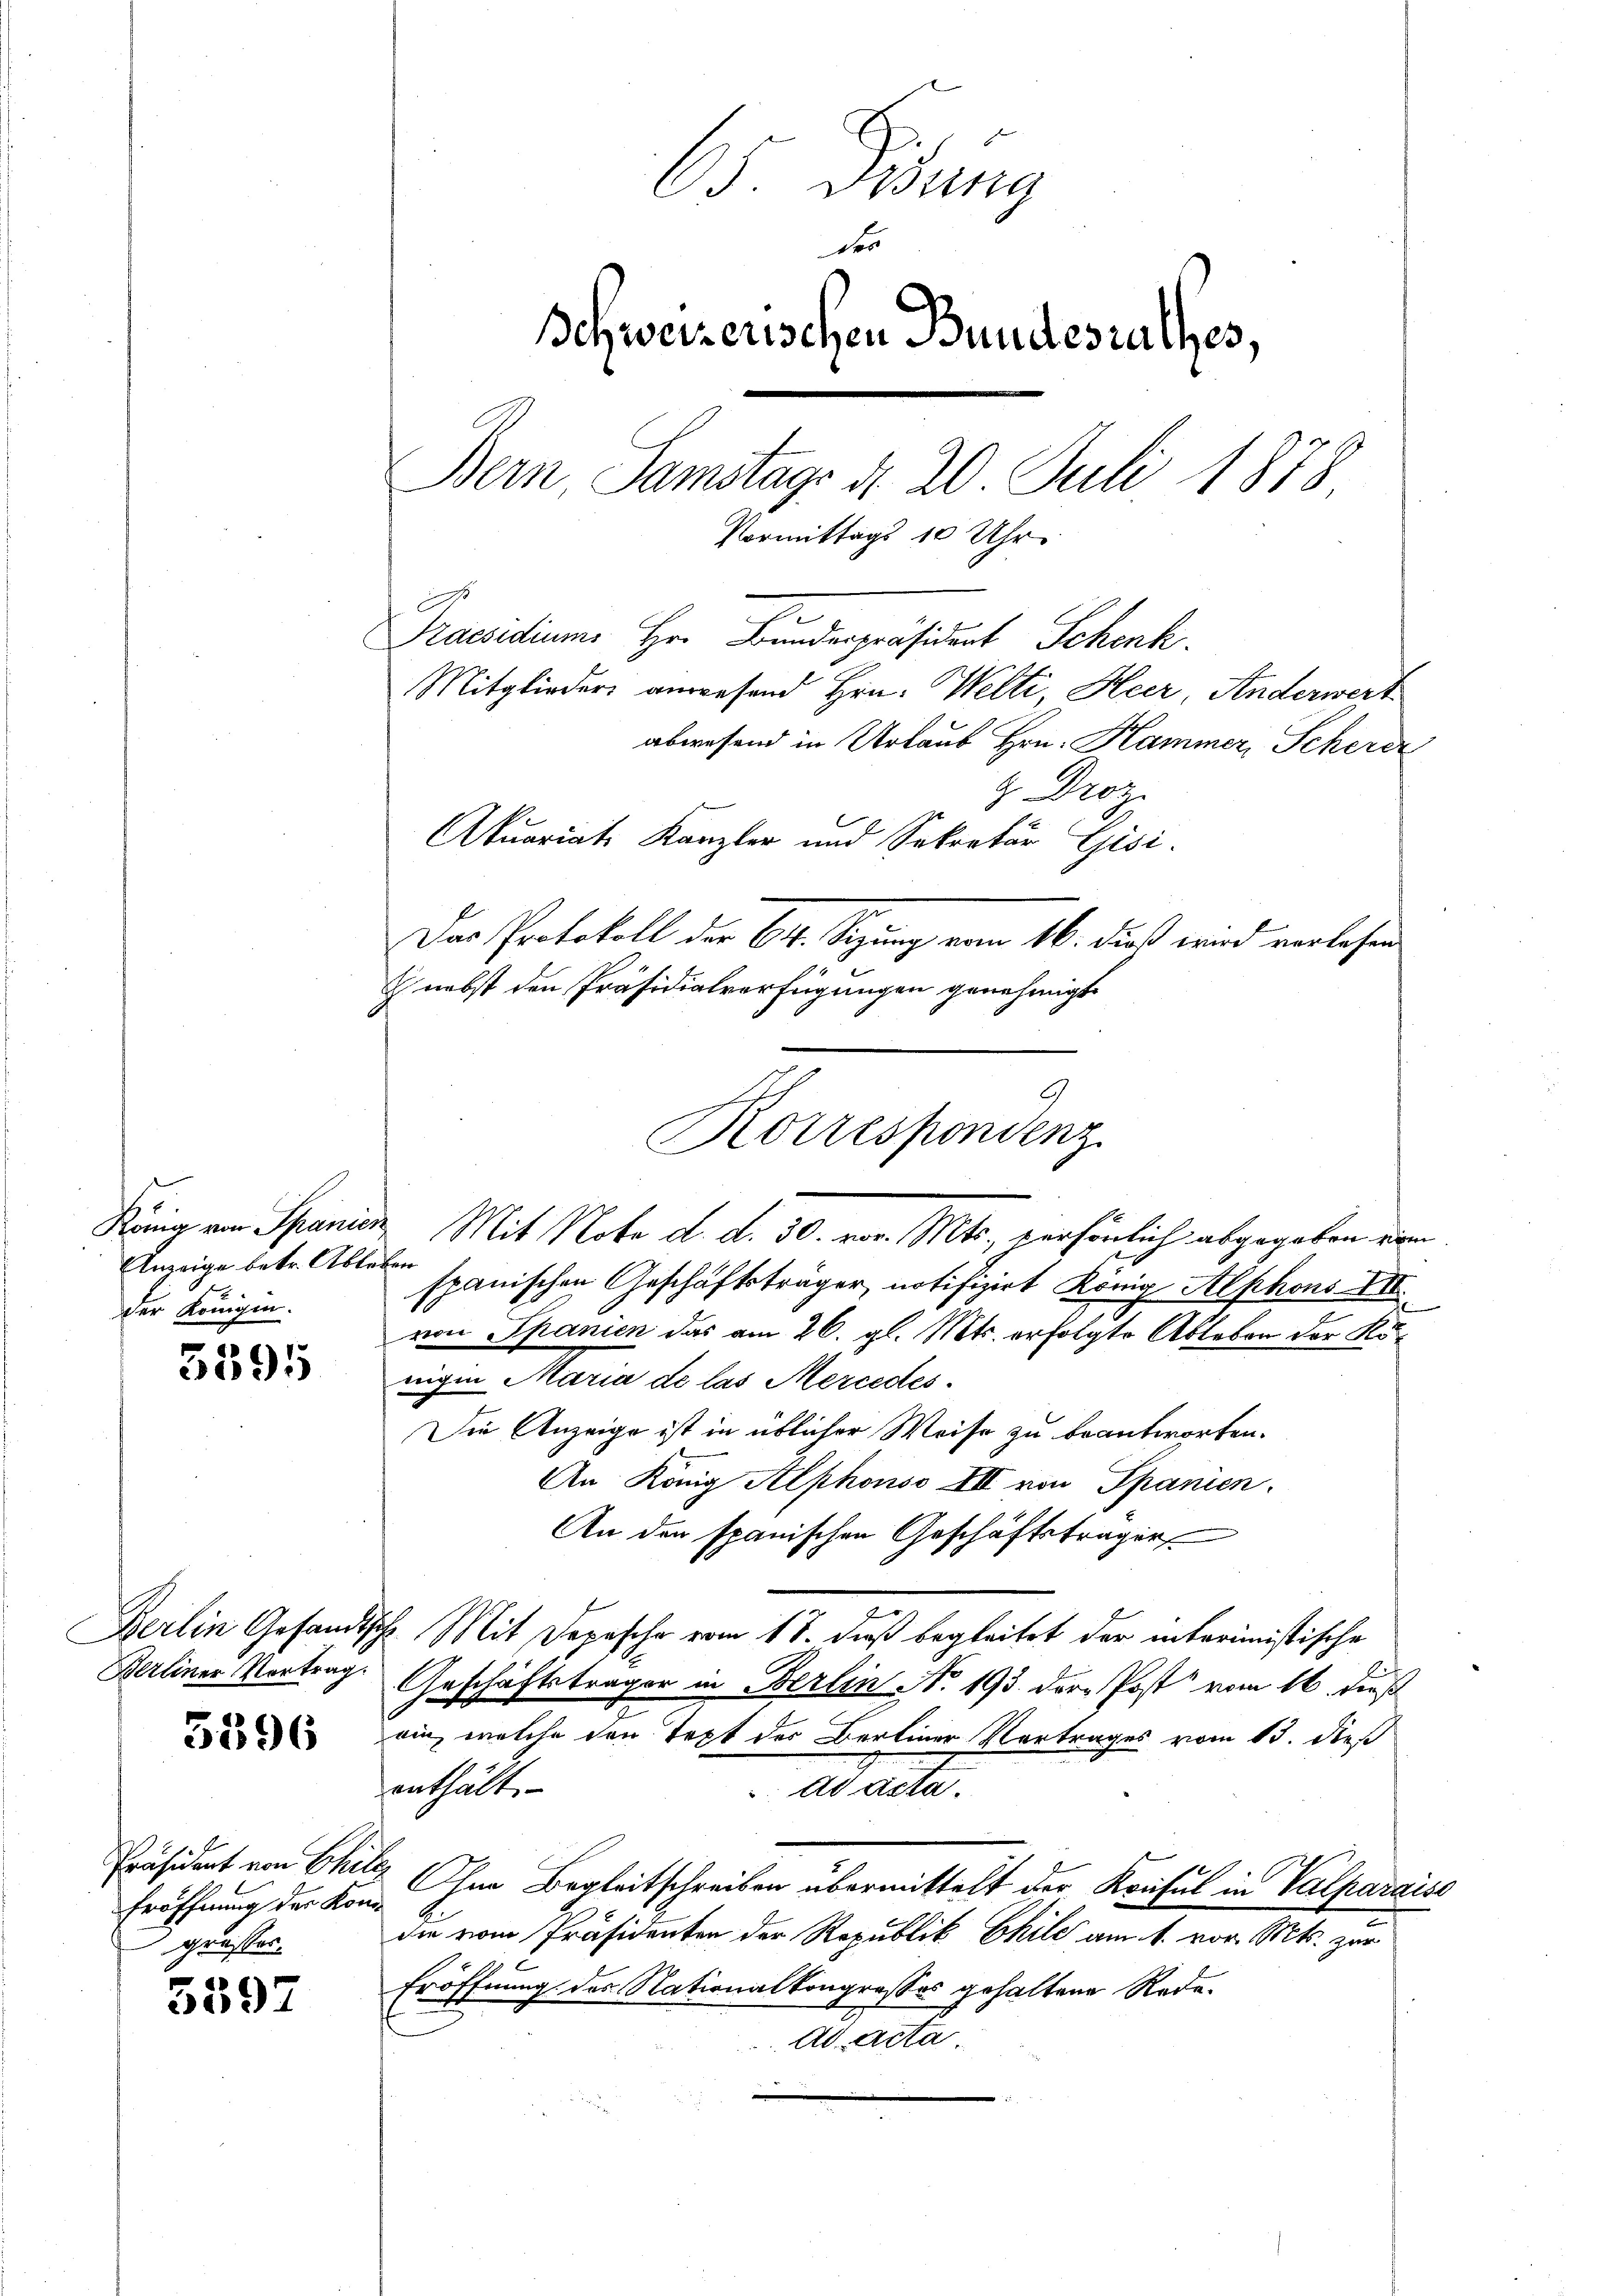
König von Spanier
Anzeige betr. Able
der Königen.

5395

Berliner Vortrag.

5396

Präsident von Chin
Eröffnung der Kon
 grosses.

5597

65. Didung
Der
Ichweizerischen Bundesrathes,
.
Bern, Samstags d. 20 Juli 1878
Vormittags 10 Uhr
Praesidiums Hr. Bunderpräsident Schenk.
Mitglieders anwesend Hrn. Welti, Heer, Anderwert
abwesend in Urlaub Hrn. Kammer, Scherde
z Droz.
Akuariats Kanzler und Sekretär Gisi-

Das Protokoll der 64. Sitzung vom 16. dieß wird verlesen,
Korrespondenz

2. Mit Note d. d. 30. vor. Mts. persönlich abgegeben dem
öten
spanischen Geschäftsträger, notifizirt König Alphons XII.
von Spanien das am 26. gl. Mts. erfolgte Ableben der Königen Maria de las Mercedes
Die Anzeige ist in üblicher Weise zu beantworten.
An König Alphonso III von Spanien.
An den spanischen Geschäftsträger
Berlin Gesandtsche Mit Depesche vom 18. dieß begleitet der interimistische
Geschäftsträger in Berlin N. 195 der Post vom 16. dieß
oin, welche den Text des Berliner Vortrages vom 13. dieß
enthält.
Ad uter.
.
Ohne Begleitschreiben übermittelt der Konsul in Valparaise
die vom Präsidenten der Republik Chile am 1. vor. Mts. zur
Eröffnung des Nationalkongrosses gehaltene Rede.
Ad Acta.

nebst den Präsidialverfügungen genehmigt